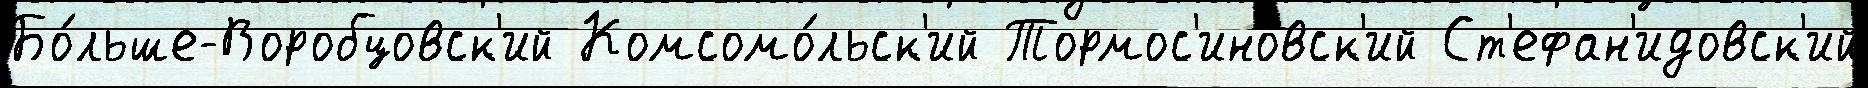
Бо́льше-Воробцовск'ий Комсомо́льск'ий Тормос'иновск'ий Ст'ефан'идовск'ий